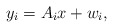
\begin{align*}y_i=A_ix+w_i, \end{align*}